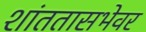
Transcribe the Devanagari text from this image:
शांततासभेवर